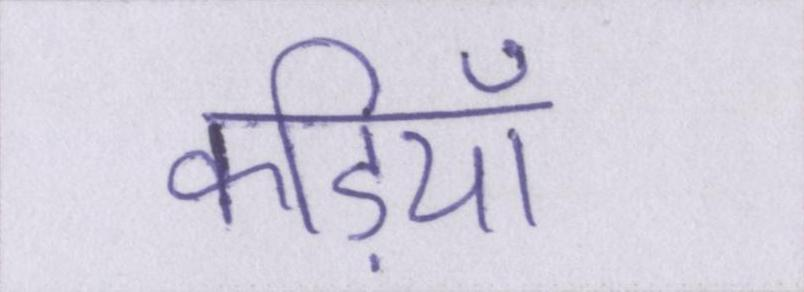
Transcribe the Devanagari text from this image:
कड़ियाँ